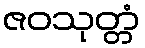
ဇဝသုတ္တံ